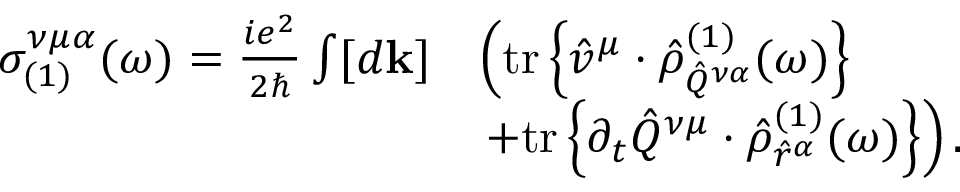
\begin{array} { r l } { \sigma _ { ( 1 ) } ^ { \nu \mu \alpha } ( \omega ) = \frac { i e ^ { 2 } } { 2 \hslash } \int [ d \mathbf { k } ] } & { \left( \mathrm { t r } \left\{ \hat { v } ^ { \mu } \cdot \hat { \rho } _ { \hat { Q } ^ { \nu \alpha } } ^ { ( 1 ) } ( \omega ) \right\} \right. } \\ & { \left. + \mathrm { t r } \left\{ \partial _ { t } \hat { Q } ^ { \nu \mu } \cdot \hat { \rho } _ { \hat { r } ^ { \alpha } } ^ { ( 1 ) } ( \omega ) \right\} \right) \mathrm { . } } \end{array}